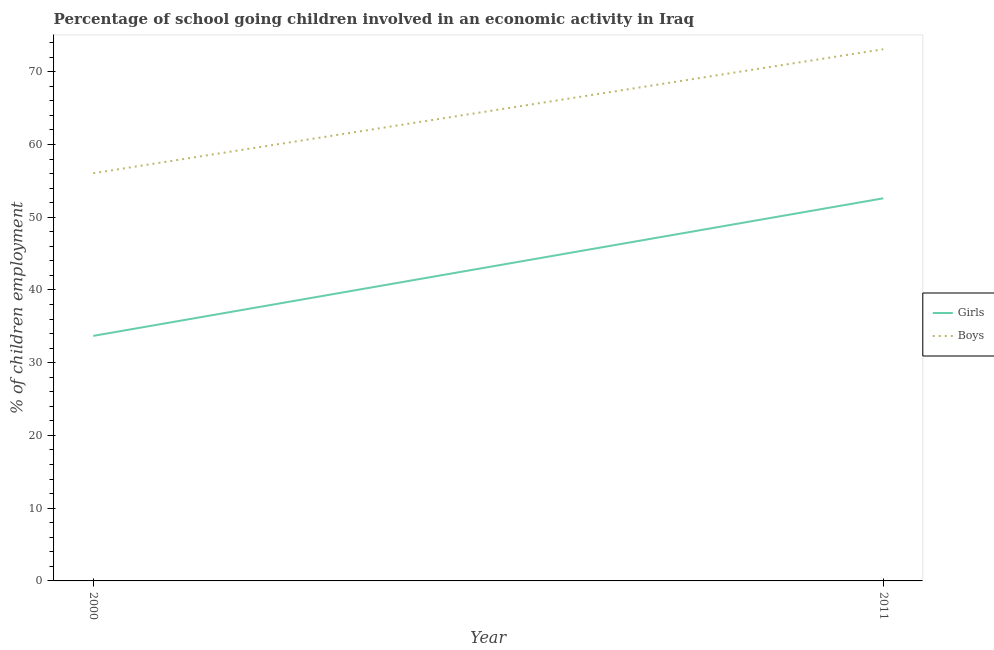
| Year | Girls | Boys |
 | --- | --- | --- |
 | 2000 | 33.7 | 56.1 |
 | 2011 | 52.6 | 73.1 |